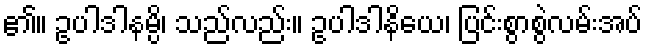
၏။ ဥပါဒါနမ္ပိ၊ သည်လည်း။ ဥပါဒါနိယေ၊ ပြင်းစွာစွဲလမ်းအပ်